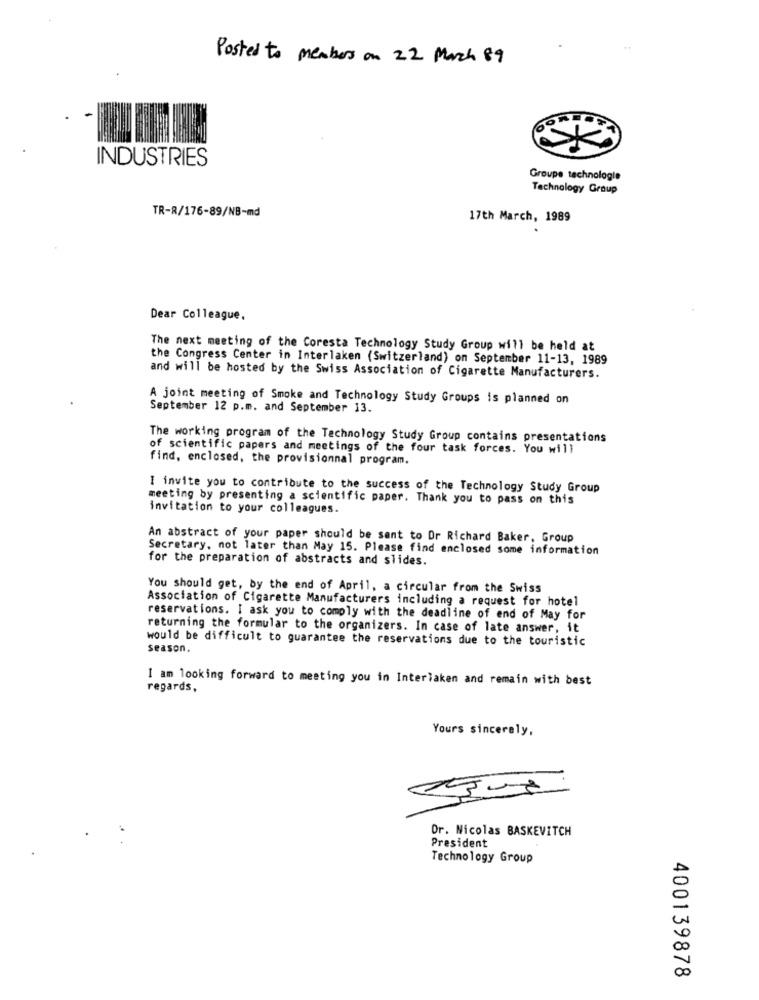
Posted to members on 22 March 89
INDUSTRIES
Groupe technologie
Technology Group
TR-R/176-89/NB-md
17th March, 1989
Dear Colleague.
The next meeting of the Coresta Technology Study Group will be held at
the Congress Center in Interlaken (Switzerland) on September 11-13, 1989
and will be hosted by the Swiss Association of Cigarette Manufacturers.
A joint meeting of Smoke and Technology Study Groups is planned on
September 12 p.m. and September 13.
The working program of the Technology Study Group contains presentations
of scientific papers and meetings of the four task forces. You will
find, enclosed, the provisionnal program.
I invite you to contribute to the success of the Technology Study Group
meeting by presenting a scientific paper. Thank you to pass on this
invitation to your colleagues.
An abstract of your paper should be sent to Dr Richard Baker, Group
Secretary, not later than May 15. Please find enclosed some information
for the preparation of abstracts and slides.
You should get, by the end of April, a circular from the Swiss
Association of Cigarette Manufacturers including a request for hotel
reservations. I ask you to comply with the deadline of end of May for
returning the formular to the organizers. In case of late answer, it
would be difficult to guarantee the reservations due to the touristic
season.
I am looking forward to meeting you in Interlaken and remain with best
regards,
Yours sincerely,
Or. Nicolas BASKEVITCH
President
Technology Group
400139878